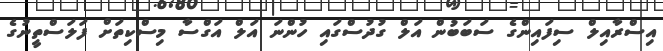
އިސްރާއިލް ސިފައިންގެ ސަބަބުން އަލް ގުދުސްގައި ހުންނަ އަލް އަގްސާ މިސްކިތަށް ފަލަސްތީނުގެ